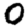
Digit: 0